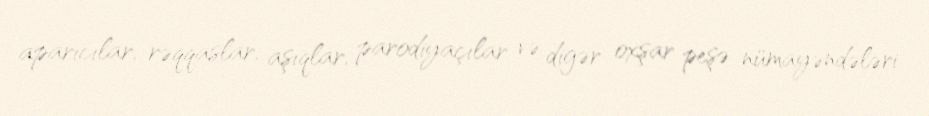
aparıcılar, rəqqaslar, aşıqlar, parodiyaçılar və digər oxşar peşə nümayəndələri